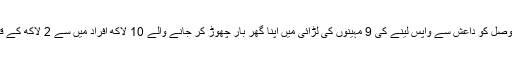
عراقی عہدے داروں کا کہنا ہے کہ موصل کو داعش سے واپس لینے کی 9 مہینوں کی لڑائی میں اپنا گھر بار چھوڑ کر جانے والے 10 لاکھ افراد میں سے 2 لاکھ کے قریب اپنے گھروں کو لوٹ چکے ہیں۔